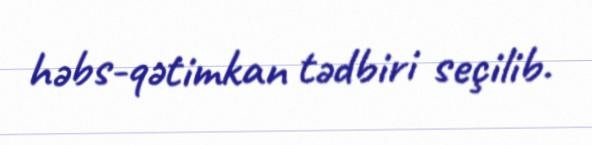
həbs-qətimkan tədbiri seçilib.